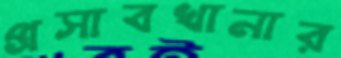
প্রসাবখানার